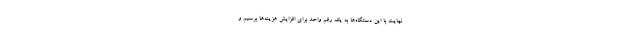
نهایت با این دستگاه‌ها به یک رقم واحد برای افزایش هزینه‌ها برسیم و